Veterinary regulations India, 1925 -
Year: 1925
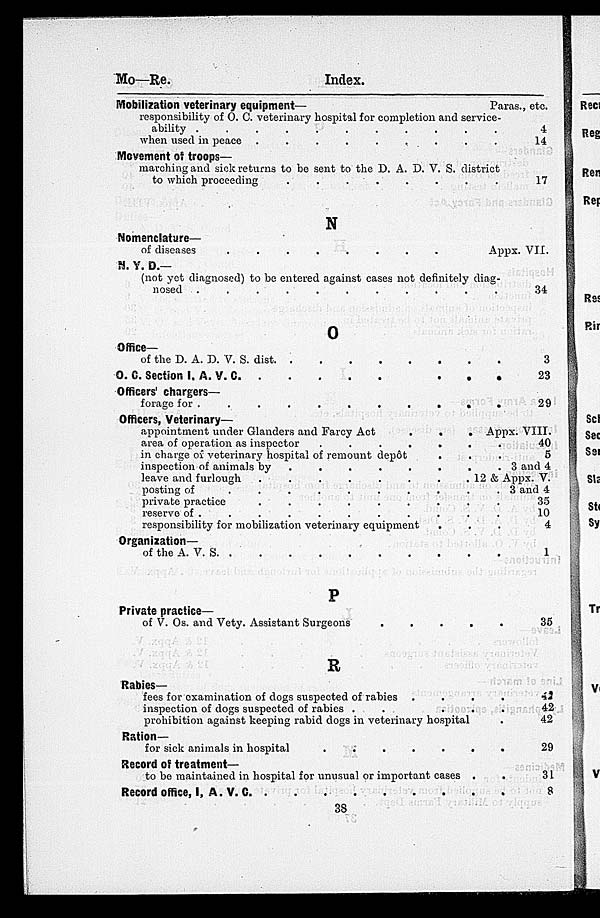
Mo—Re.
Index.
Mobilization veterinary equipment—
Paras., etc.
responsibility of O. C. veterinary hospital for completion and service¬
when used in peace
.
.
.
.
.
.
.
.
Movement of troops—
14
marching and sick returns to be sent to the D. A. D. V. S. district
to which proceeding
.
.
.
.
.
.
.
.
17
N
Nomenclature—
of diseases
.
.
.
.
.
.
.
.
N. Y. D.—
Appx. VII.
(not yet diagnosed) to be entered against cases not definitely diag¬
nosed . . . . . . . .
O
Office—
of the D. A. D. V. S. dist. . . . . . . . .
O. C. Section I. A. V.
C.
.
.
.
.
.
.
.
.
Officers chargers—
forage for . . . . . . . .
Officers, Veterinary—
appointment under Glanders and Farcy Act . . . .
area of operation as inspector . . . . . . . .
in charge of veterinary hospital of remount depôt . . .
inspection of animals by
.
.
.
.
.
.
.
.
leave and furlough
.
.
.
.
.
.
.
.
posting of
.
.
.
.
.
.
.
.
private practice
.
.
.
.
.
.
.
.
reserve of
.
.
.
.
.
.
.
.
responsibility for mobilization veterinary equipment . . .
Organization—
of the A. V.
S.
.
.
.
.
.
.
.
.
P
Private practice—
of V. Os. and Vety. Assistant Surgeons . . . . . . . .
R
Rabies—
fees for examination of dogs suspected of rabies . . . .
inspection of dogs suspected of rabies . . . . . .
prohibition against keeping rabid dogs in veterinary hospital .
Ration—
for sick animals in hospital . . . . . . . .
Record of treatment—
to be maintained in hospital for unusual or important cases . .
Record office, I. A. V. C.
.
.
.
.
.
.
.
.
3
23
Appx. VIII.
40
5
3 and 4
12 & Appx. V.
3 and 4
35
10
4
1
35
42
42
42
29
31
8
38